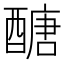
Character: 醣